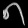
Digit: ၈